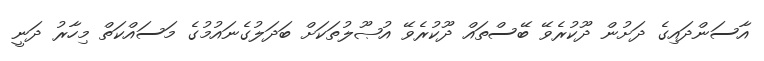
އާސަންދައިގެ ދަށުން ދޫކުރެވޭ ބޭސްތައް ދޫކުރެވޭ އުޞޫލުތަކަށް ބަދަލުގެނައުމުގެ މަސައްކަތް މިހާރު ދަނީ